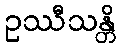
ဥဿီသန္တိ